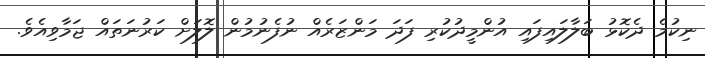
ނިކުމެ ދެކޮޅު ބަލާލައިފައި އުންމީދުކުރި ފަދަ މަންޒަރެއް ނުފެނުމުން ލޮލަށް ކަރުނަތައް ޖަމާވިއެވެ.